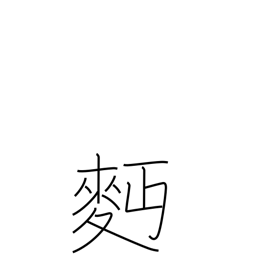
Meaning: wheat flour